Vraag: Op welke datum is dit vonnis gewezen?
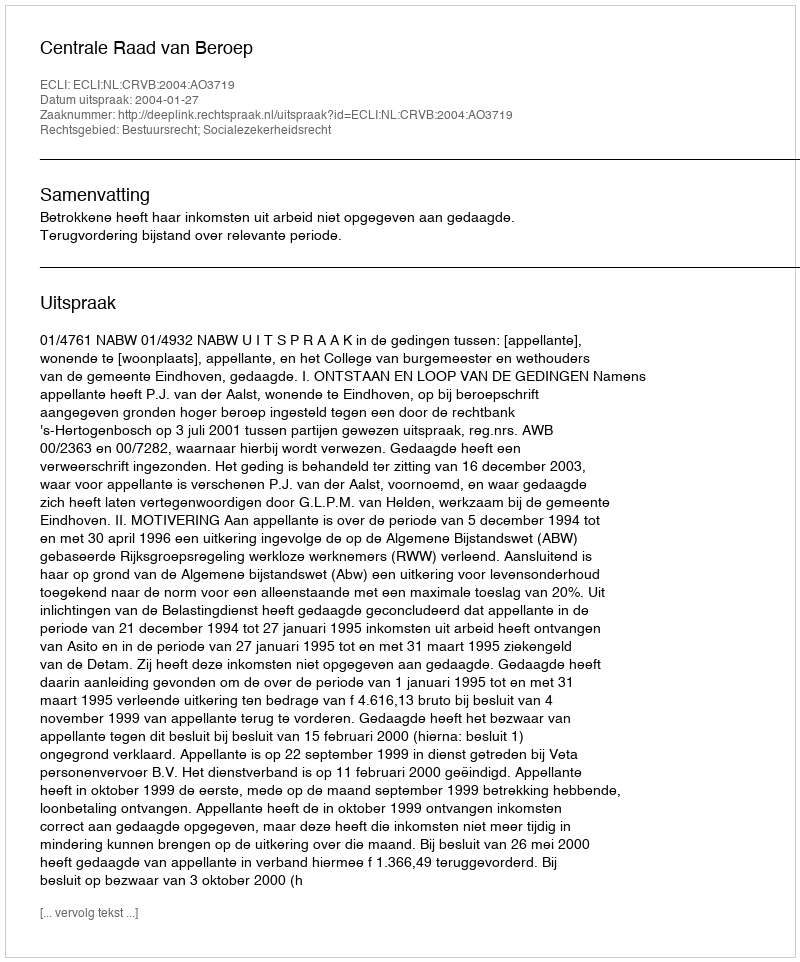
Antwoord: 2004-01-27